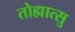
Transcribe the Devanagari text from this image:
तोह्मात्सु